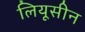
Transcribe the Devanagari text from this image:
लियूसीन